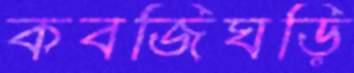
কবজিঘড়ি